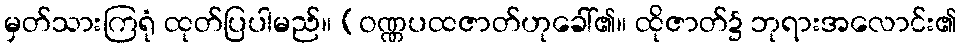
မှတ်သားကြရုံ ထုတ်ပြပါမည်။ (ဝဏ္ဏပထဇာတ်ဟုခေါ်၏။ ထိုဇာတ်၌ ဘုရားအလောင်း၏